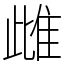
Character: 雌